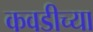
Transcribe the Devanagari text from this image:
कवडीच्या